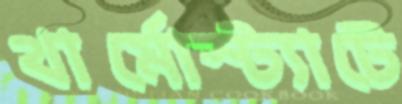
থার্মোস্ট্যাটে